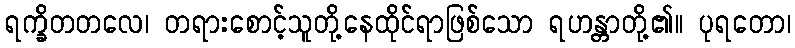
ရက္ခိတတလေ၊ တရားစောင့်သူတို့နေထိုင်ရာဖြစ်သော ရဟန္တာတို့၏။ ပုရတော၊